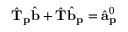
\hat { \mathbf { T } } _ { \mathbf { p } } \hat { \mathbf { b } } + \hat { \mathbf { T } } \hat { \mathbf { b } } _ { \mathbf { p } } = \hat { \mathbf { a } } _ { \mathbf { p } } ^ { 0 }